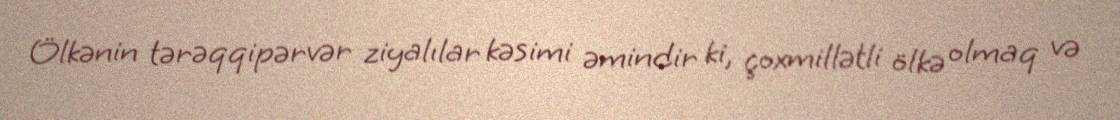
Ölkənin tərəqqipərvər ziyalılar kəsimi əmindir ki, çoxmillətli ölkə olmaq və